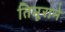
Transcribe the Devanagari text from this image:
तिमूराने